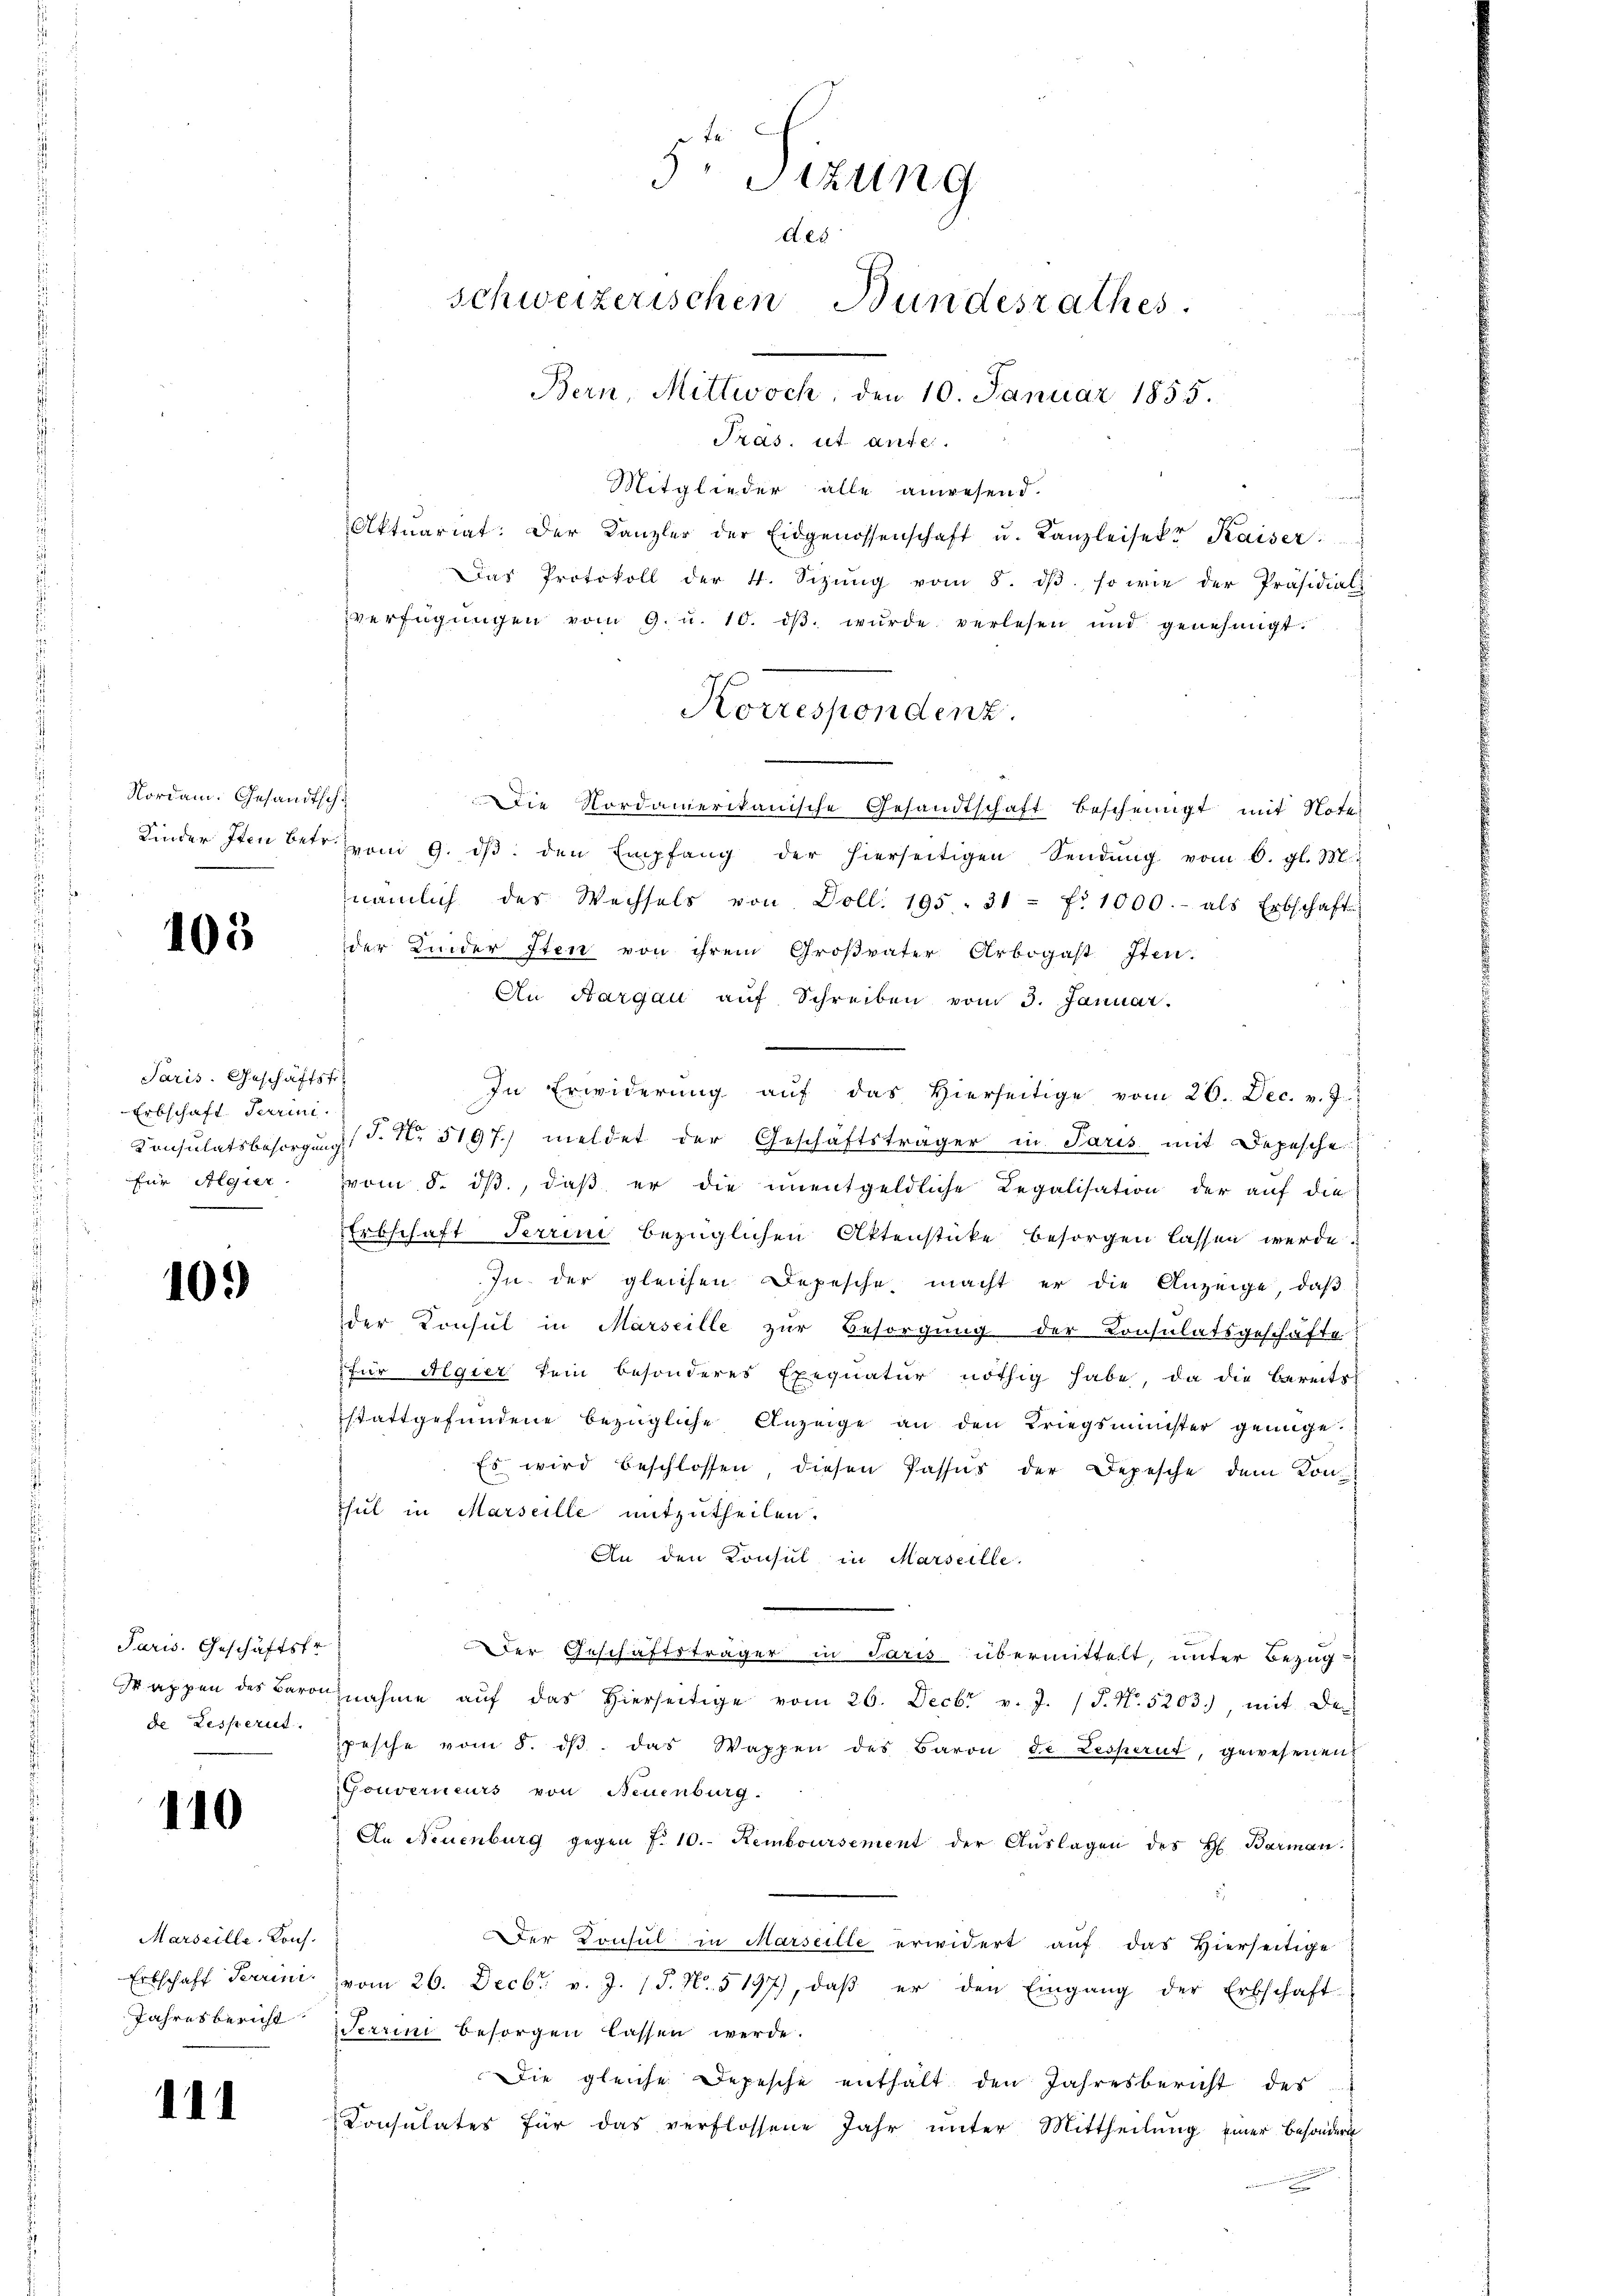
Nordam. Gesandt,
Kinder Iten betr.

105

Paris. Geschäftst
Erbschaft Terrini
Konsulatsbesorgung
für Algier

10.)

Paris. Geschäftsfr.
d appen des Baron
de Resperit.

110

Marseille. Kons.
Erbschaft Terrin.
Jahresbericht

111

5 Sizung
A. es
schweizerischen Bundesrathes
Bern, Mittwoch, den 10. Januar 1855.

Pras, ut ante.
Mitglieder alle anwesend.
Aktuariat. Der Kanzler der Eidgenossenschaft u. Kanzleisekt Kaiser:
Das Protokoll der 4. Sizŭng vom 8. dβ. so wie der Präsidial-
verfügŭngen vom 9. u. 10. dβ. wŭrde verlesen und genehmigt.
1
Die Nordamerikanische Gesandtschaft bescheingt mit Note
vom 9. dβ den Empfang der hierseitigen Sendung vom 6. gl. M.
nämlich des Wechsels von Doll. 195. 31 - fr 1000.- als Erbschaft
der Linder Iten von ihrem Großvater Arbogast Iten-
An Aargau aŭf Schreiben vom 3. Januar.
In Erwiderung aŭf das hierseitige vom 26. Dec. v. J.
J.Nr. 3197. meldet der Geschäftsträger in Paris mit Depesche
vom 8. dβ, daß er die unentgeldliche Legalisation der auf die
Erbschaft Terrini bezüglichen Aktenstücke besorgen lassen werde.
In der gleichen Depesche macht er die Anzeige, daß
der Konsul in Marseille zur Besorgung der Consulatsgeschäfte
für Algier kein besonderes Exequatur nöthig habe, da die bereits
stattgefundene bezügliche Anzeige an den Kriegsmünster genüge.
Es wird beschlossen diesen Passus der Depesche dem Kon¬
Thul in Marseille mitzutheilen.
An den Konsul in Marseille.
Der Geschäftsträger in Paris übermittelt, unter Bezug
nahme aŭf das hierseitige vom 26. Decbr v. J. (T. N. 5203) mit der
pesche vom 8. dβ das Wappen des Baron de Leskernt, gewesenen
Gouverneurs von Neuenburg.
An Neuenburg gegen f. 10. Remboursement der Aŭslagen des H. Barman.
Der Konsul in Marseilte erwidert auf das Hierseitige
vom 26. Decbr. v. J. (T. N. 5197), daß er den Eingang der Erbschaft
Terrin besorgen lassen werde.
Die gleiche Depesche enthalt den Jahresbericht des
Consulates für das verflossene Jahr unter Mittheilung einer besondern

Korrespondenz.